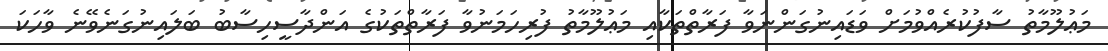
މަޢުލޫމާތު ސާފުކުރެއްވުމަށް ވަޑައިނުގަންނަވާ ފަރާތްތަކާއި މަޢުލޫމާތު ފުރިހަމަނުވާ ފަރާތްތަކުގެ އަންދާސީހިސާބު ބަލައިނުގަނެވޭނެ ވާހަކަ